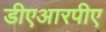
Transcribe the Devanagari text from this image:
डीएआरपीए